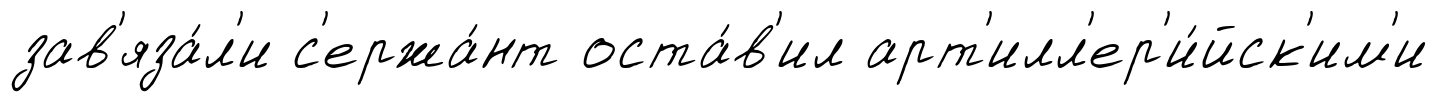
зав'яза́л'и с'ержа́нт оста́в'ил арт'илл'ер'и́йск'им'и